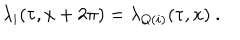
\lambda _ { i } ( \tau , x + 2 \pi ) = \lambda _ { Q ( i ) } ( \tau , x ) ~ .